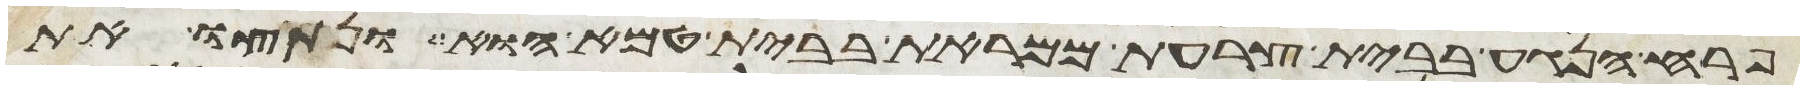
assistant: פרח הנגע בבית צרעת ממראת בבית טמא הוא ונתצו את